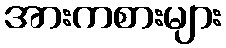
အားကစားများ